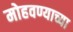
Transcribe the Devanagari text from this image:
मोहवण्याच्या